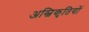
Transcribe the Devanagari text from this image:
अस्विकृतियों